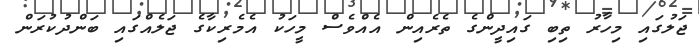
ޖަލުގައި މިހާރު ތިބި ގައިދީންގެ ތެރެއިން އެއްވެސް މީހަކު އެމެރިކާގެ ޖަލެއްގައި ބަންދުކުރަން